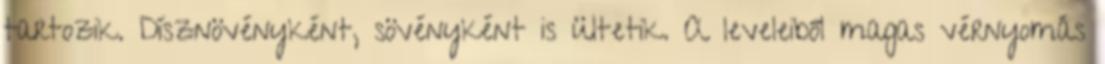
tartozik. Dísznövényként, sövényként is ültetik. A leveleiből magas vérnyomás